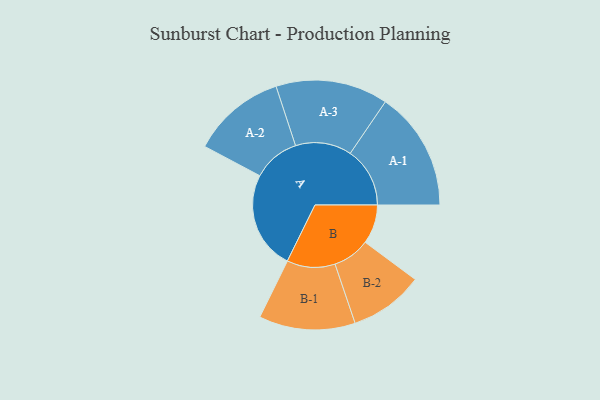
{"axis": {"x": "Segment", "y": "Value"}, "legend": ["", "A", "B"], "data": [{"x": "A", "y": 479, "type": ""}, {"x": "B", "y": 191, "type": ""}, {"x": "A-1", "y": 291, "type": "A"}, {"x": "A-2", "y": 229, "type": "A"}, {"x": "A-3", "y": 274, "type": "A"}, {"x": "B-1", "y": 235, "type": "B"}, {"x": "B-2", "y": 181, "type": "B"}]}